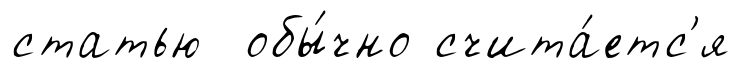
статью обы́чно счита́етс'я